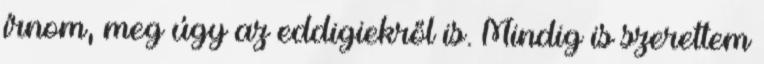
írnom, meg úgy az eddigiekről is. Mindig is szerettem